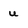
Character: u